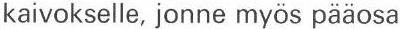
kaivokselle, jonne myös pääosa